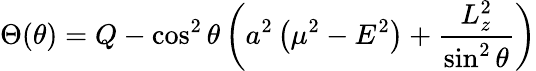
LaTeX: \Theta(\theta)=Q-\cos^{2}\theta\left(a^{2}\left(\mu^{2}-E^{2}\right)+{\frac{L_{z}^{2}}{\sin^{2}\theta}}\right)